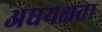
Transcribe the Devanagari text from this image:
अधयक्षता